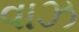
વાઝ